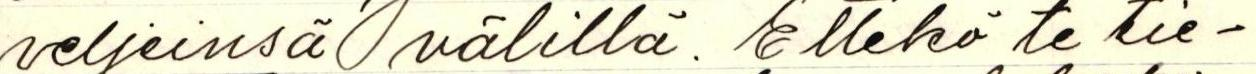
veljeinsä välillä. Ettekö te tie-